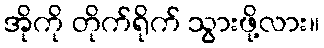
အိုကို တိုက်ရိုက် သွားဖို့လား။